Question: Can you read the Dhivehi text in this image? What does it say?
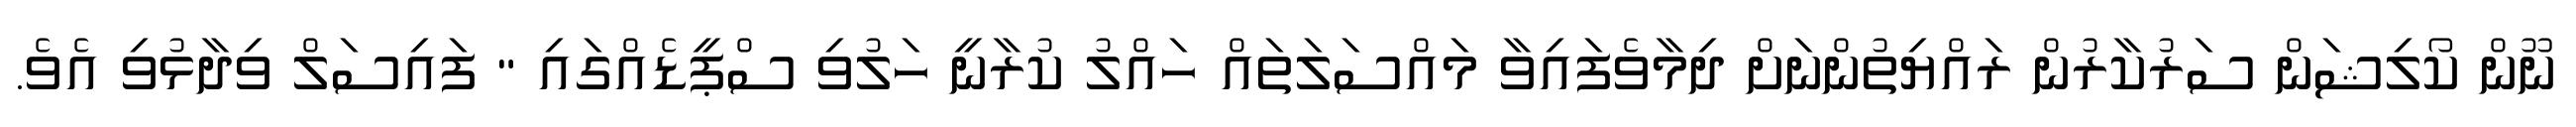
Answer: ނޫން ކޯލިޝަން ސަރުކާރުން ރައްޔިތުންނަށް ދިމާވެފައިވާ މައްސަލަތައް ހައްލު ކުރާނީ ހަލުވި ސްޕީޑެއްގައި " ފައިސަލް ވިދާޅުވި އެވެ.